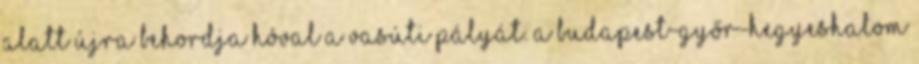
alatt újra behordja hóval a vasúti pályát. A Budapest-Győr-Hegyeshalom